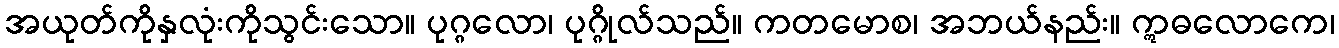
အယုတ်ကိုနှလုံးကိုသွင်းသော။ ပုဂ္ဂလော၊ ပုဂ္ဂိုလ်သည်။ ကတမောစ၊ အဘယ်နည်း။ ဣဓလောကေ၊